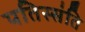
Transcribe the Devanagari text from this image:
पतिस्संति